Scottish Leaving Certificate Examination, 1953
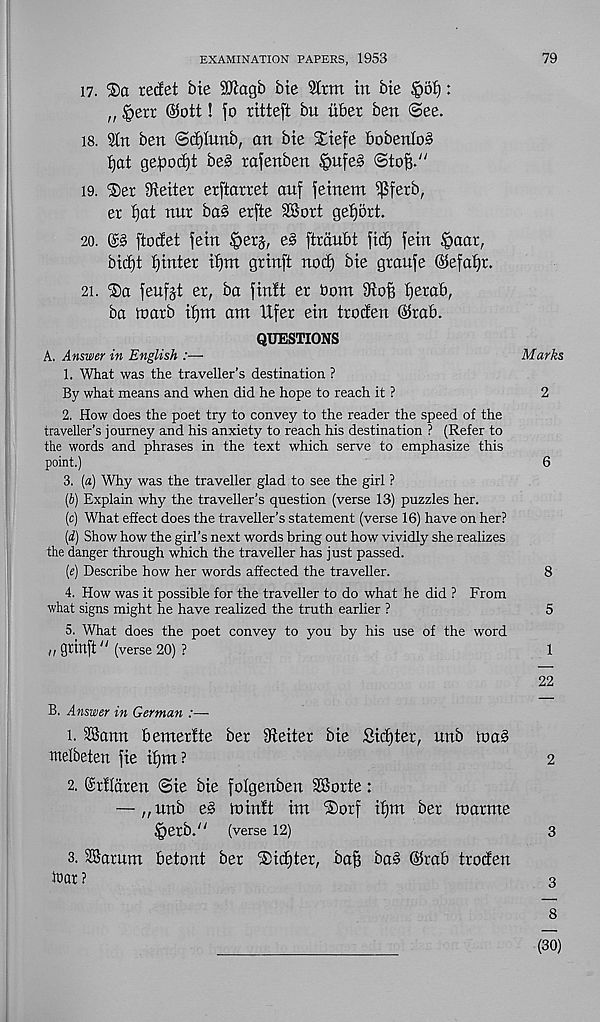
EXAMINATION PAPERS, 1953
17. ®ct recfet bte SJiagb bte 9lrm in bte §6f):
„ §err @ott! fo ritteft bu liber ben See.
is. 2in ben ©cE)Innb, an bte Xtefe bobenloS
ijat ge|ioc^t be§ rafenben |>ufe§
19. ®er Reiter erftarret auf fetnent $ferb,
er ijat nnr ba§ erfte 28ort gei)5rt.
20.
[tocfet fetn §etj, e§ ftranbt fid) fetn |>aat,
bidjt Winter itim grinft nod) Me graufe ©efaijr.
21.
feufjt er, ba finft er bom 9toB {jerab,
ba loarb ifjrn am Ufer ein troden ©rab.
QUESTIONS
A. Answer in English :—
1. What was the traveller’s destination ?
By what means and when did he hope to reach it ?
2. How does the poet try to convey to the reader the speed of the
traveller’s journey and his anxiety to reach his destination ? (Refer to
the words and phrases in the text which serve to emphasize this
point.)
3. (a) Why was the traveller glad to see the girl ?
(b) Explain why the traveller’s question (verse 13) puzzles her.
(c) What effect does the traveller’s statement (verse 16) have on her?
(d) Show how the girl’s next words bring out how vividly she realizes
the danger through which the traveller has just passed.
(e) Describe how her words affected the traveller.
4. How was it possible for the traveller to do what he did ? From
what signs might he have realized the truth earlier ?
5. What does the poet convey to you by his use of the word
„ grinft /; (verse 20) ?
B. Answer in German :—-
1. SSann bemerfte ber ffteiter bte Sidfter, unb tnaS
melbeten fie t{)m?
2. ©rftaren ©ie bie folgenben SSorte:
— „ unb e§ in inf t im ®orf tffm ber loanne
iperb." (verse 12)
3. 28arum betont ber Slicfjter, bafs ba§ @rab troden
tear?